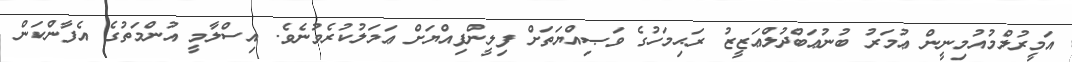
އަމީރުލްމުއުމިނީން ޢުމަރު ބުނުޢަބްދުލްޢަޒީޒު ރަޙިމަހުގެ ވަޞިއްޔަތަށް ފިލީންފިއްޔަށް ޢަމަލުކުރެވުނެވެ. އިސްލާމީ އުންމަތުގެ އެފާންކަން